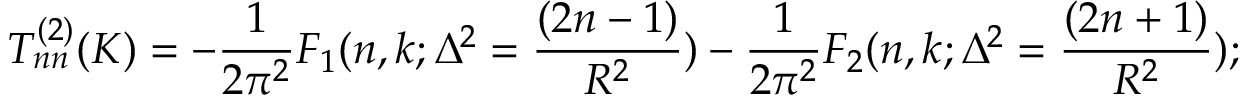
T _ { n n } ^ { ( 2 ) } ( K ) = - \frac { 1 } { 2 \pi ^ { 2 } } F _ { 1 } ( n , k ; \Delta ^ { 2 } = \frac { ( 2 n - 1 ) } { R ^ { 2 } } ) - \frac { 1 } { 2 \pi ^ { 2 } } F _ { 2 } ( n , k ; \Delta ^ { 2 } = \frac { ( 2 n + 1 ) } { R ^ { 2 } } ) ;